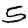
Digit: 5